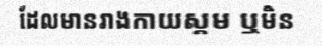
ដែលមានរាងកាយស្គម ឬមិន